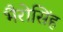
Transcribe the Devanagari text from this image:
भैरोसिंह